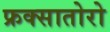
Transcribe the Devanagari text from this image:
फ्रक्सातोरो